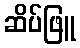
ဆိပ်ဖြူ